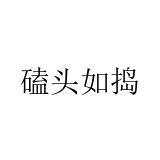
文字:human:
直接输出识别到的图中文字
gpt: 磕头如捣